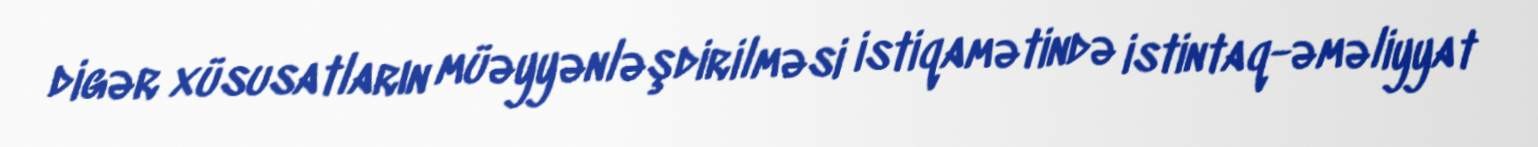
digər xüsusatların müəyyənləşdirilməsi istiqamətində istintaq-əməliyyat